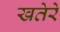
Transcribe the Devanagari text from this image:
खतेरे